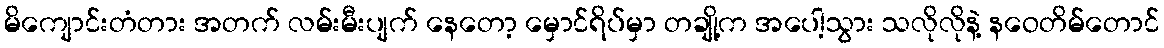
မိကျောင်းတံတား အတက် လမ်းမီးပျက် နေတော့ မှောင်ရိပ်မှာ တချို့က အပေါ့သွား သလိုလိုနဲ့ နဝေတိမ်တောင်